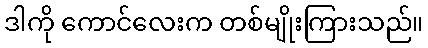
ဒါကို ကောင်လေးက တစ်မျိုးကြားသည်။